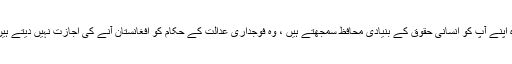
لیکن امریکی حکام جو بین الاقوامی فوجداری عدالت کے اس تجویز کی نفی کرتے ہیں کہ وہ اپنے آپ کو انسانی حقوق کے بنیادی محافظ سمجھتے ہیں ، وہ فوجداری عدالت کے حکام کو افغانستان آنے کی اجازت نہیں دیتے ہیں کہ وہ یہاں امریکی اور نیٹو افواج کی جانب سے ہونے والے جرائم کو قریب سے دیکھیں ۔